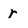
Character: r